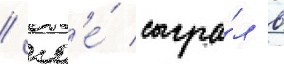
/ гд'е́ сыгра́л в